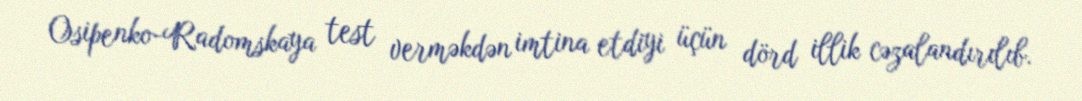
Osipenko-Radomskaya test verməkdən imtina etdiyi üçün dörd illik cəzalandırılıb.